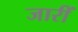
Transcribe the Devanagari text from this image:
जारीं